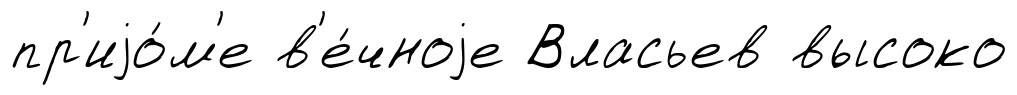
пр'иjо́м'е в'е́чноjе Власьев высоко